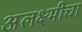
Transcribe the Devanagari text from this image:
अलक्ष्मीचा